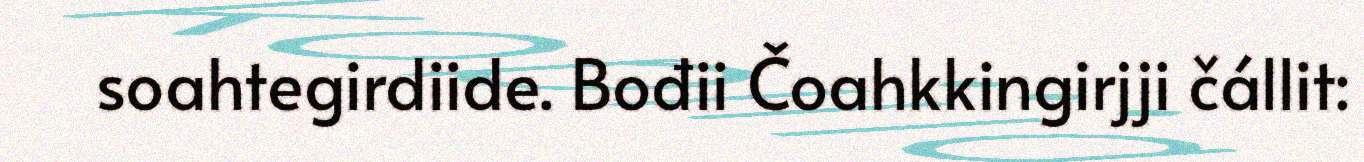
soahtegirdiide. Bođii Čoahkkingirjji čállit: